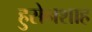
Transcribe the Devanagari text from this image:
हुसेनशाह